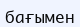
бағымен